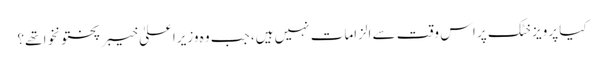
کیا پرویز خٹک پر اس وقت سے الزامات نہیں ہیں، جب وہ وزیراعلیٰ خیبر پختونخوا تھے؟